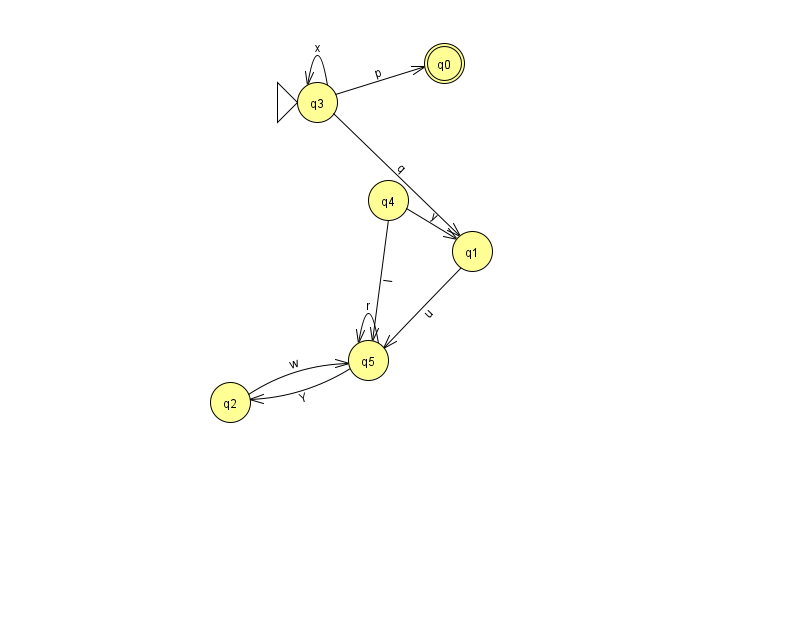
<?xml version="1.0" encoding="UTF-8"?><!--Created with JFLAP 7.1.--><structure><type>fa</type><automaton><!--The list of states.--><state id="0" name="q0"><x>444.0</x><y>50.0</y><final/></state><state id="1" name="q1"><x>472.0</x><y>238.0</y></state><state id="2" name="q2"><x>230.0</x><y>389.0</y></state><state id="3" name="q3"><x>317.0</x><y>89.0</y><initial/></state><state id="4" name="q4"><x>388.0</x><y>187.0</y></state><state id="5" name="q5"><x>368.0</x><y>347.0</y></state><!--The list of transitions.--><transition><from>4</from><to>1</to><read>y</read></transition><transition><from>5</from><to>2</to><read>Y</read></transition><transition><from>5</from><to>5</to><read>r</read></transition><transition><from>1</from><to>5</to><read>u</read></transition><transition><from>3</from><to>1</to><read>q</read></transition><transition><from>3</from><to>3</to><read>x</read></transition><transition><from>3</from><to>0</to><read>p</read></transition><transition><from>2</from><to>5</to><read>w</read></transition><transition><from>4</from><to>5</to><read>I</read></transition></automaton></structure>